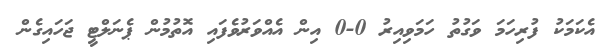
އެކަމަކު ފުރިހަމަ ވަގުތު ހަމަވިއިރު 0-0 އިން އެއްވަރުވެފައި އޮތުމުން ޕެނަލްޓީ ޖަހައިގެން